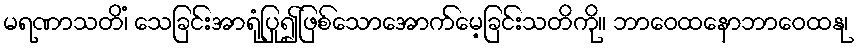
မရဏာသတိံ၊ သေခြင်းအာရုံပြု၍ဖြစ်သောအောက်မေ့ခြင်းသတိကို။ ဘာဝေထနောဘာဝေထနု၊